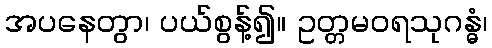
အပနေတွာ၊ ပယ်စွန့်၍။ ဥတ္တမဝရသုဂန္ဓံ၊